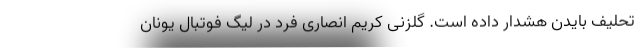
تحلیف بایدن هشدار داده است. گلزنی کریم انصاری فرد در لیگ فوتبال یونان